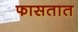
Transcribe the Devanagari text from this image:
फासतात